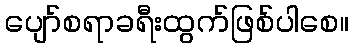
ပျော်စရာခရီးထွက်ဖြစ်ပါစေ။